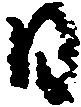
日